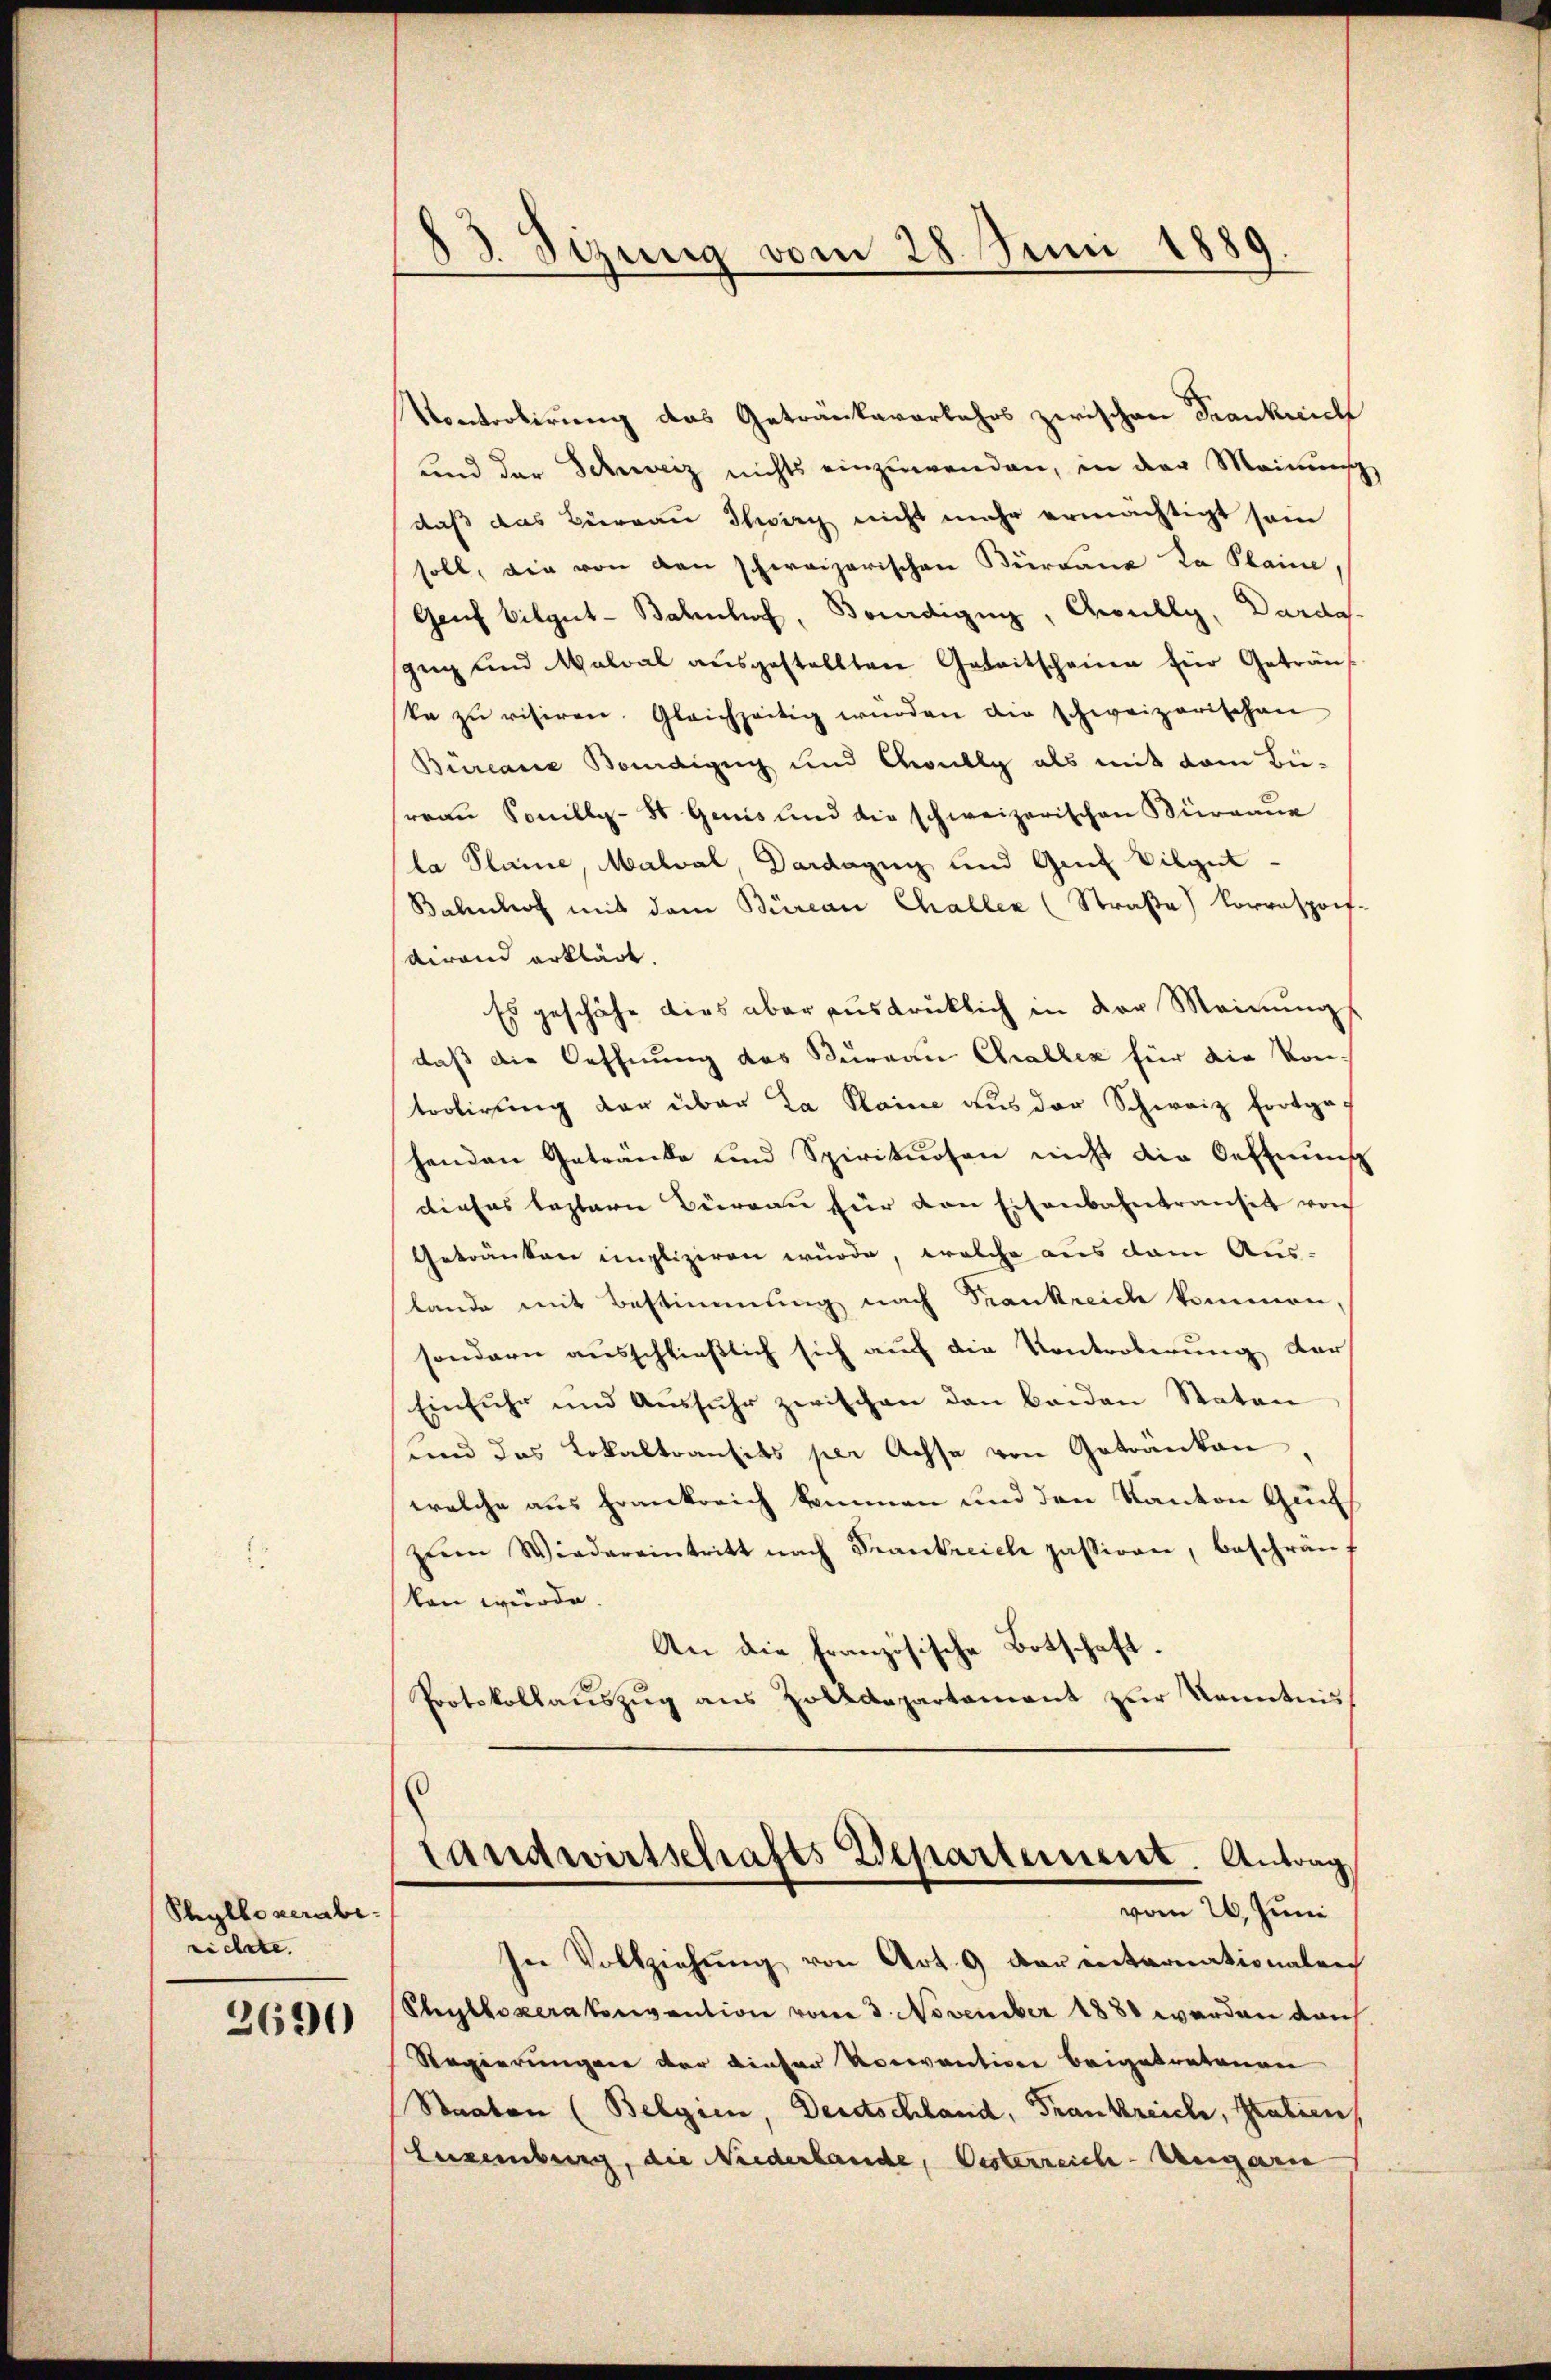
Phyllo verabirechete. |
2690

83. Sizung vom 28. Juni 1889.
.

Kontrolirung das Getränkarorkehrs zwischen Frankreich
und der Schwarz nichts einzuwenden, in der Meinung
daß das Büreau Schweg nicht mehr ermächtigt sein
soll, die von den schweizerischen Bürdank Ka Plaine
Genf Vilgut-Bahnhof, Bredigung, Geselly, Dardes
gug und Malval ausgestellten Geleitschauen für Geträu
ka zŭ risiren. Gleichzeitig würden die schweizerischen
Büreaue Kondizig und Conllg als mit dem Bü-
reau Sonilly-St. Genis und die schweizerischen Bürgaue
la Plaine, Malval, Dardagug und Gut Vilgut¬
Bahnhof mit dem Bürean Challen (Straße) Korresporf-
dirend erklärt.
Es geschähe dies aber ausdrücklich in der Meinungs
daß die Oeffnung des Bureau Challen für die Kon-
trolirung der über la Plaine aus der Schweiz fortgehenden Getränke und Spirituosen nicht die Oeffnung
dieses leztern Büreau für den Eisenbahntransit von
Getränken engliziren würde, welche aus dem Aus-
lande mit Bestimmung nach Frankreich kommen,
sondern ausschließlich sich auf die Kontrobirung der
Einfuhr und Ausfuhr zwischen den beiden Staten
und das Lokaltransits per Achse von Getränken
welche aus Frankreich kommen und den Kanton Gunt
zŭm Wiedereintritt nach Frankreich passiven, beschränf
ken würde.
An die französische Botschaft.
Protokollaŭszŭg ans Zolldepartament zŭr Kenntnis

In Vollziehung von Art. 9 der internationalen
Phylloperatonvention vom 3. November 1888 werden dach
Regierungen der dieser Rocevantion beigetretenen
Staaten (Belgien, Deretschland, Frankreiche, Statien
Luxenburg, die Niederhande, Oesterreich-Ungarn

Landwirtschafts Departement. Antrag
vom 26. Juni